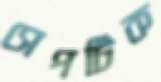
সেপটিক